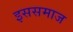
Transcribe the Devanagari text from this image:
इससमाज